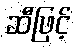
ဆီဖြင့်